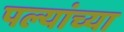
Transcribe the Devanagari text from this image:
पल्यांच्या